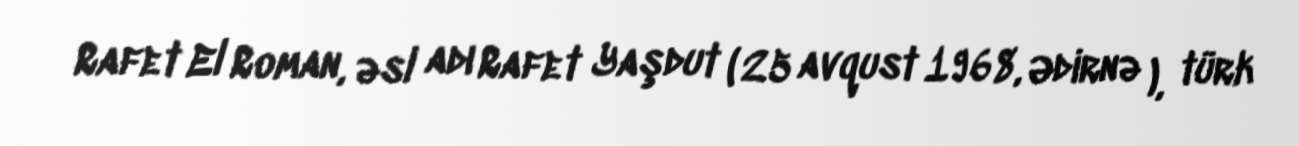
Rafet El Roman, əsl adı Rafet Yaşdut ( 25 avqust 1968, Ədirnə ), türk